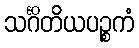
သင်္ဂိတိယပဉ္စကံ